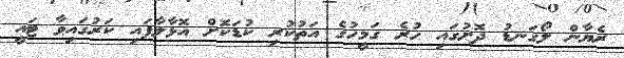
ރެޔާން ލޯގަނޑު ދޮށުގައި ހުރެ ގަމީހުގެ އަތުކުރި ކުޑަކޮށް އޮޅާލާފައި ކަރުގައިވާ ޓައީ